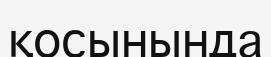
қосынында